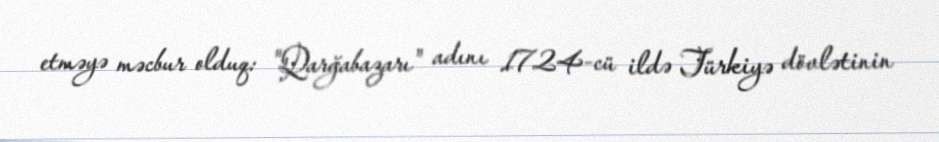
etməyə məcbur olduq: "Qarğabazarı" adını 1724-cü ildə Türkiyə dövlətinin